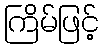
ကြိမ်ဖြင့်